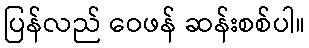
ပြန်လည် ဝေဖန် ဆန်းစစ်ပါ။